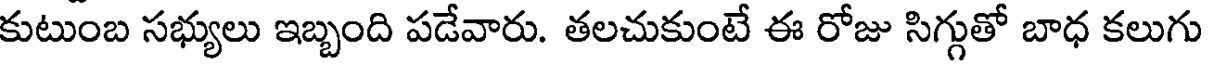
కుటుంబ సభ్యులు ఇబ్బంది పడేవారు. తలచుకుంటే ఈ రోజు సిగ్గుతో బాధ కలుగు